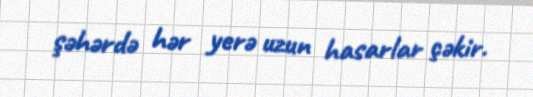
şəhərdə hər yerə uzun hasarlar çəkir.